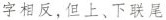
字相反，但上、下联尾